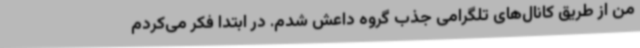
من از طریق کانال‌های تلگرامی جذب گروه داعش شدم. در ابتدا فکر می‌کردم